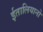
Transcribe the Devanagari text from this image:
ईतालियानो